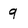
Character: 9